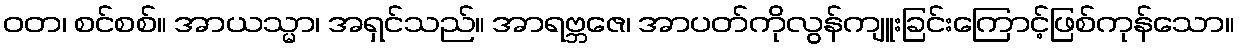
ဝတ၊ စင်စစ်။ အာယသ္မာ၊ အရှင်သည်။ အာရဗ္ဘဇေ၊ အာပတ်ကိုလွန်ကျူးခြင်းကြောင့်ဖြစ်ကုန်သော။